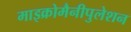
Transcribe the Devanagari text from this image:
माइक्रोमैनीपुलेशन